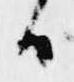
日